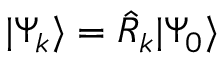
| \Psi _ { k } \rangle = \hat { R } _ { k } | \Psi _ { 0 } \rangle